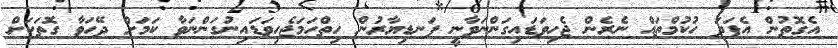
އެގޮތުން އެފަދަ ހުކުމްތައް ނެރެން ޖެހިވަޑައިގަންނަވާނީ ފަނޑިޔާރުން ހިތްހަމަޖެހިވަޑައިނުގަންނަވާ ކަމަށް ދޭހަވާ ގޮތަކަށް